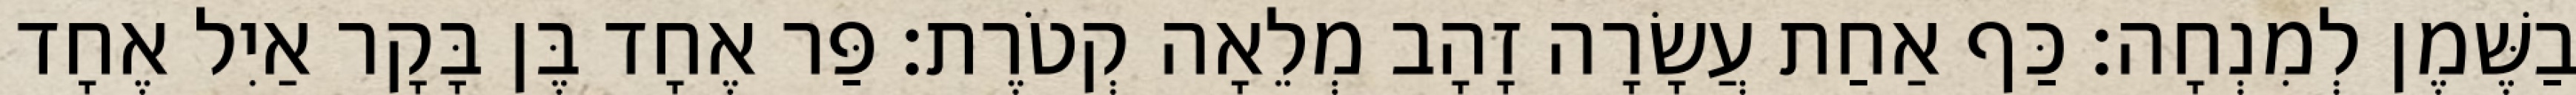
בַשֶּׁמֶן לְמִנְחָה׃ כַּף אַחַת עֲשָׂרָה זָהָב מְלֵאָה קְטֹרֶת׃ פַּר אֶחָד בֶּן בָּקָר אַיִל אֶחָד